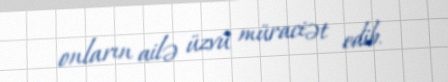
onların ailə üzvü müraciət edib.